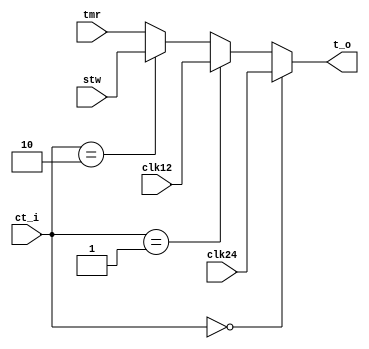
`timescale 1ns / 1ps
//////////////////////////////////////////////////////////////////////////////////
// Company: 
// Engineer: 
// 
// Design Name: 
// Module Name: mux4_1
// Project Name: 
// Target Devices: 
// Tool Versions: 
// Description: 
// 
// Dependencies: 
// 
// Revision:
// Revision 0.01 - File Created
// Additional Comments:
// 
//////////////////////////////////////////////////////////////////////////////////


module mux4_1(
    clk24,
    clk12,
    stw,
    tmr,
    ct_i,
    t_o
    );
    input [23:0] clk24, clk12, stw, tmr;
    input [1:0] ct_i;
    output [23:0] t_o;
    
    assign t_o = (ct_i == 2'b00)?clk24:
                 (ct_i == 2'b01)?clk12:
                 (ct_i == 2'b10)?stw:
                 tmr;
endmodule